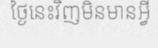
ថ្ងៃនេះវិញមិនមានអ្វី